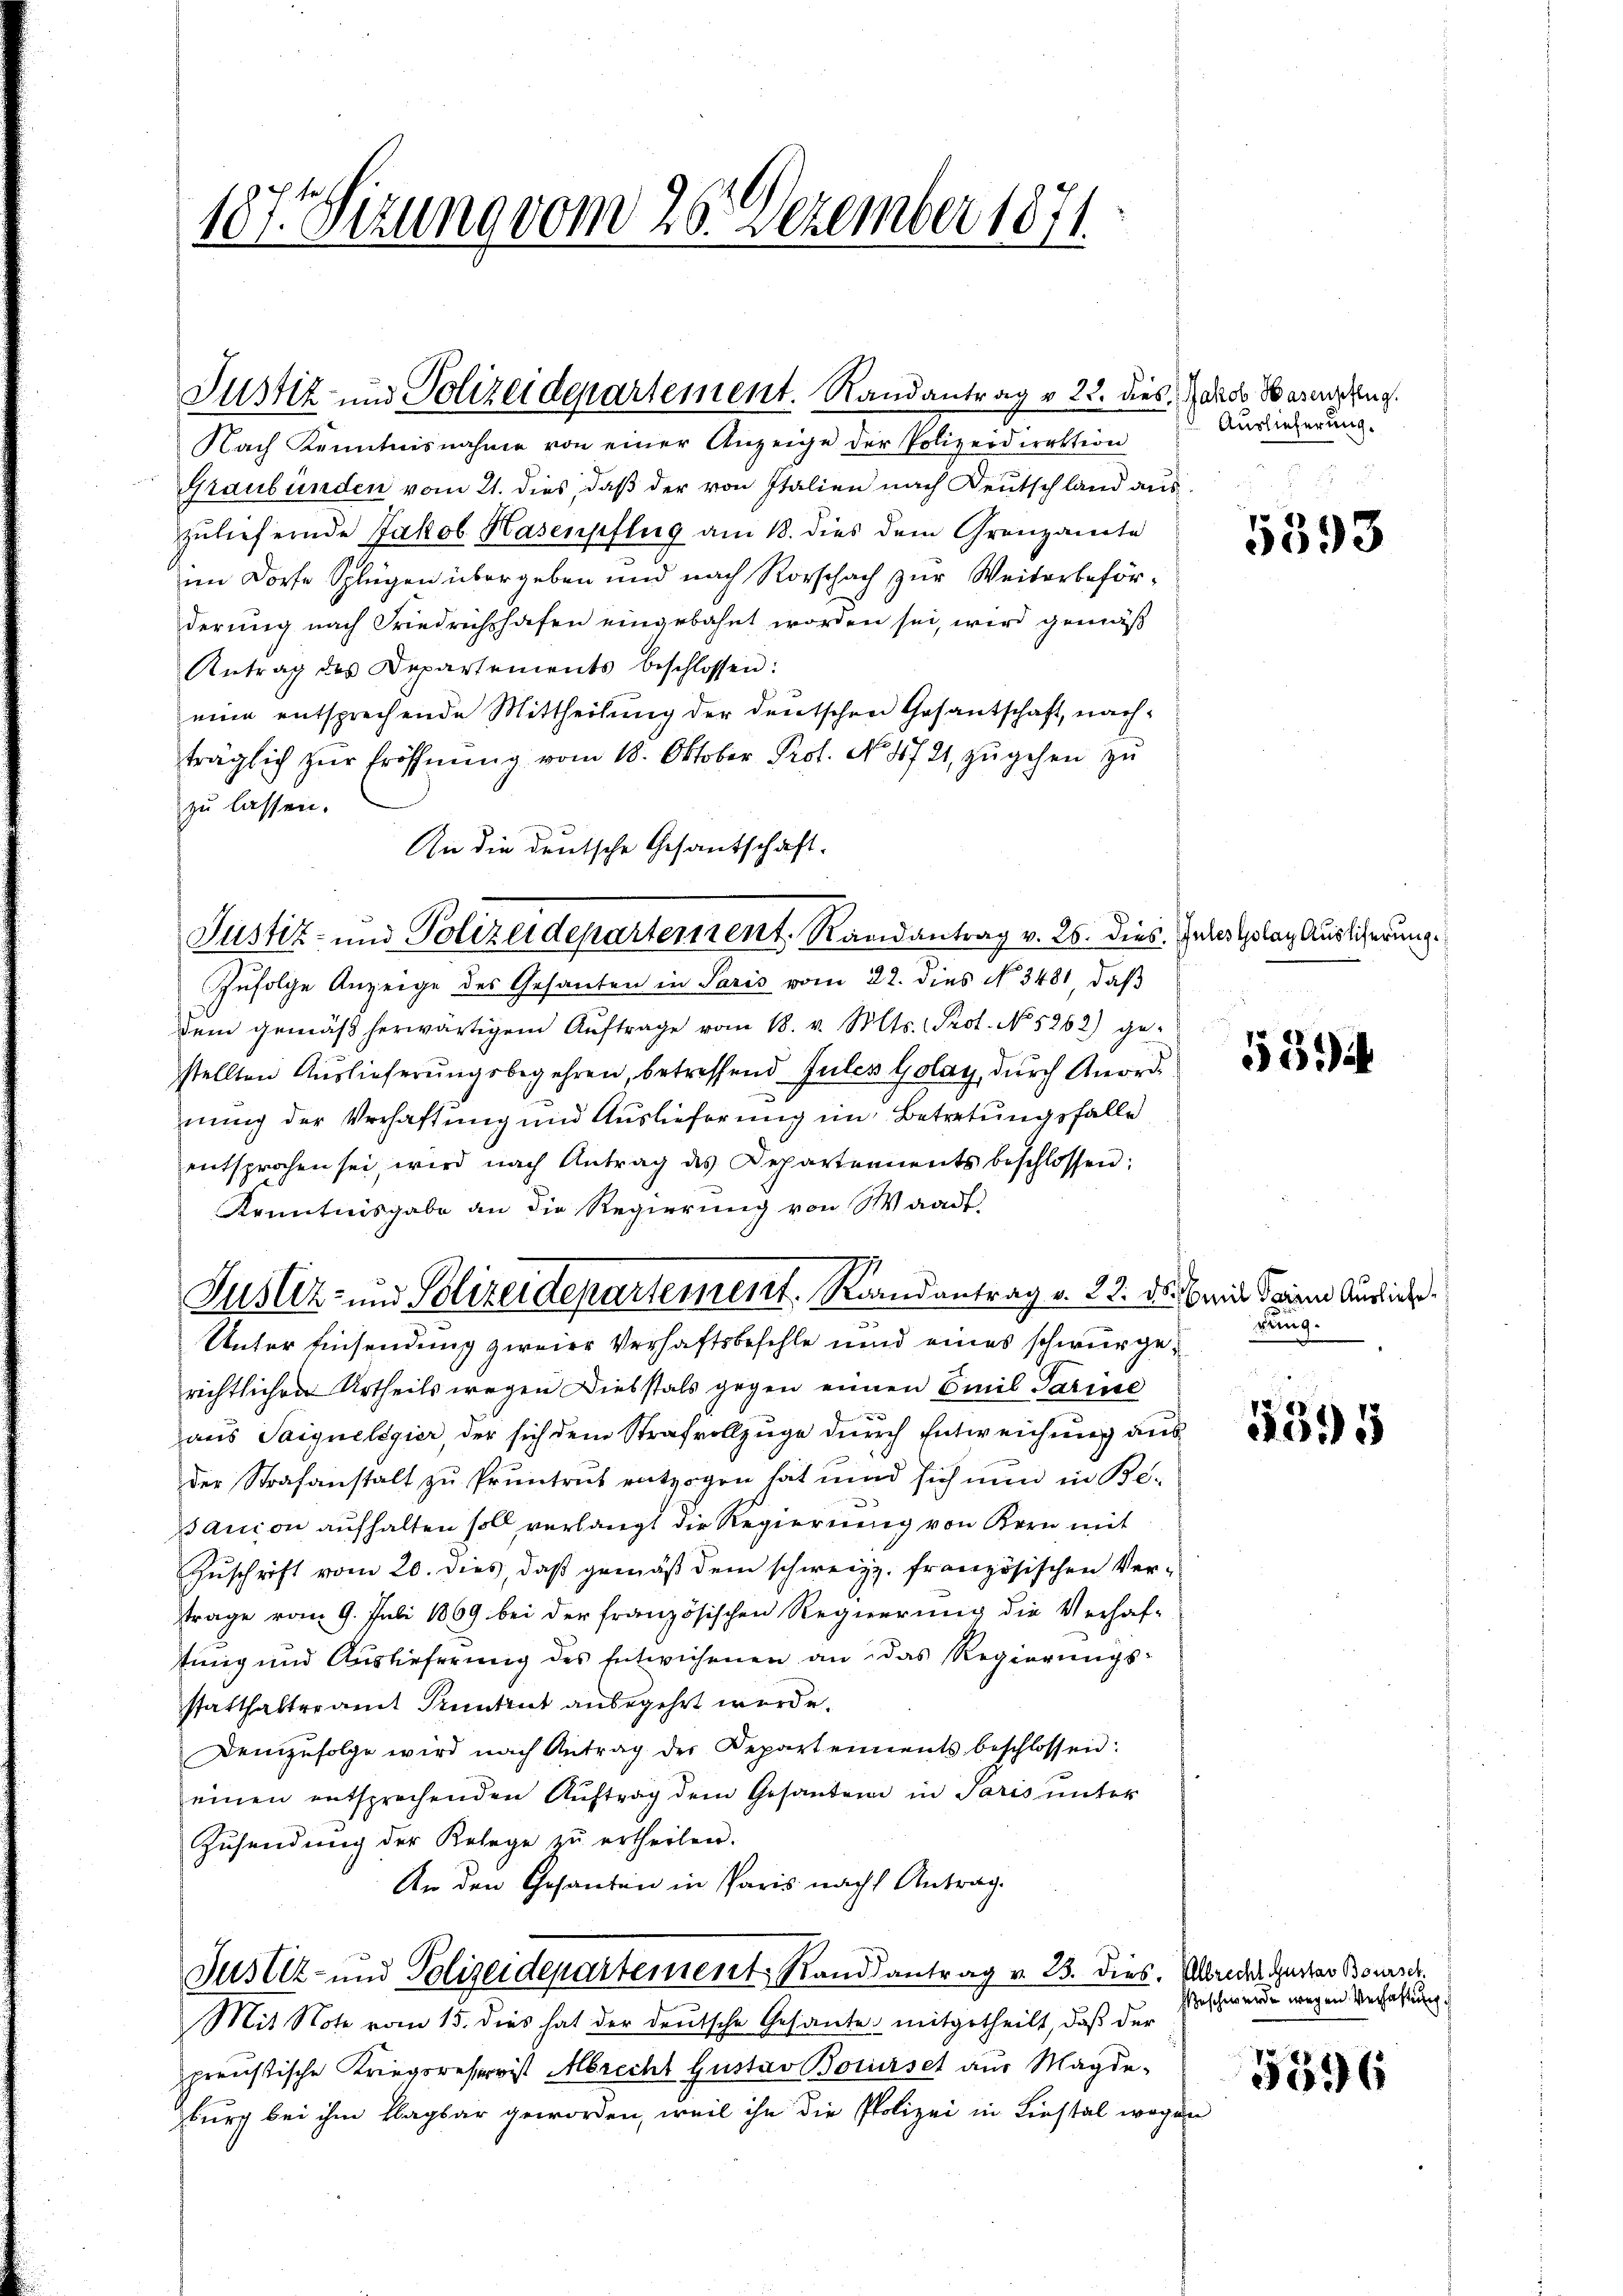
187. Sizung vom 26. Dezember 1871.

Justiz und Polizeidepartement. Randantrag v. 22. dies das Vernung

Nach Kenntnisnahme von einer Anzeige der Polizeidirektion
Graubünden vom 21. dies, daß der von Italien nach Deutschland aus
zuliefernde Jakob Hasenpflug am 18. dies dem Grenzamte
im Dorfe Splügen übergeben und nach Rorschach zur Weiterbeförderung nach Friedrichshofen eingebahnt worden sei, wird gemäß
Antrag des Departements beschlossen:
eine entsprechende Mittheilung der deutschen Gesantschaft, nachträglich zŭr Eröffnŭng vom 18. Oktober Prof. No. 4721 zŭgehen zu
zu lassen.
An die deutsche Gesandschaft.
Zufolge Anzeige des Gesanten in Paris vom 22. dies No. 3481, daß
dem gemäß herwärtigen Aŭftrage vom 18. v. Mts. Prot. No. 5262) ge-
stellten Auslieferungsbegehren, betreffend Fules Golay, dŭrch Anordnung der Verhaftung und Auslieferung im Betretungsfalle
entsprochen sei, wird nach Antrag des Departements beschlossen:
Kenntnisgabe an die Regierung von Waadt,
Unter Einsendung zweier Verhaftsbefehle und eines schwurgerichtlichen Urtheils wegen Diebstals gegen einen Emil Tarine

aus Saignelegier, der sich dem Strafvollzüge durch Entweichung aus
der Strafanstalt zu Pruntrut entzogen hat und sich nun in Besanion aufhalten soll verlangt die Regierung von Kern mit
Zuschrift vom 20. dies, daß gemäß dem schweiz. französischen Vertrage vom 9. Juli 1869 bei der französischen Regierung die Verhaf¬
Einig und Auslieferung des Entwichenen an das Regierungsstatthalteramt Pruntrut anbegehrt werde.
Demzufolge wird nach Antrag der Departements beschlossen:
einen entsprechenden Auftrag dem Gesanden in Paris unter
Zŭsendŭng der Relege zŭ ertheilen.
An den Gesanten in Paris nach Antrag.
Justiz- und Polizeidepartement, Randsantrag v. 23. dies. Abrede unter Bour
Mit Note vom 15. dies hat der deutsche Gesante mitgetheilt, daß der
preussische Kriegsreserist Abrecht Gustav Borerset aus Magde
burch bei ihm klagbar geworden, weil ihn die Polizei in Liestal wegen

Justiz- und Polizeidepartement. Randantrag v. 22. ds. bei Seine Ausliche

Justiz- und Polizeidepartement. Randantrag v. 26. dies. Inter Gelag Auslicherung.

Auslieferung.

5593

539

rung.

5595

Geschwerde wegen Verhaftung

5596